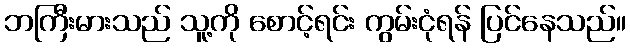
ဘကြီးမားသည် သူ့ကို စောင့်ရင်း ကွမ်းငုံရန် ပြင်နေသည်။